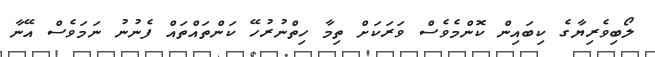
ލޯބިވެރިޔާގެ ކިބައިން ކޮންމެވެސް ވަރަކަށް ތިމާ ހިތްނުރުހޭ ކަންތައްތައް ފެނުނު ނަމަވެސް އޭނާ